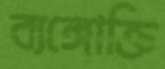
ব্যঙ্গোক্তি